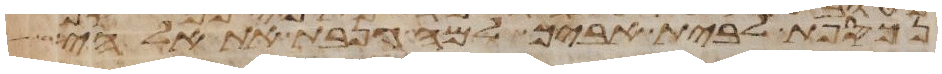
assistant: נכספת לבית אביך למה גנבת את אלהי